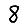
Digit: 8